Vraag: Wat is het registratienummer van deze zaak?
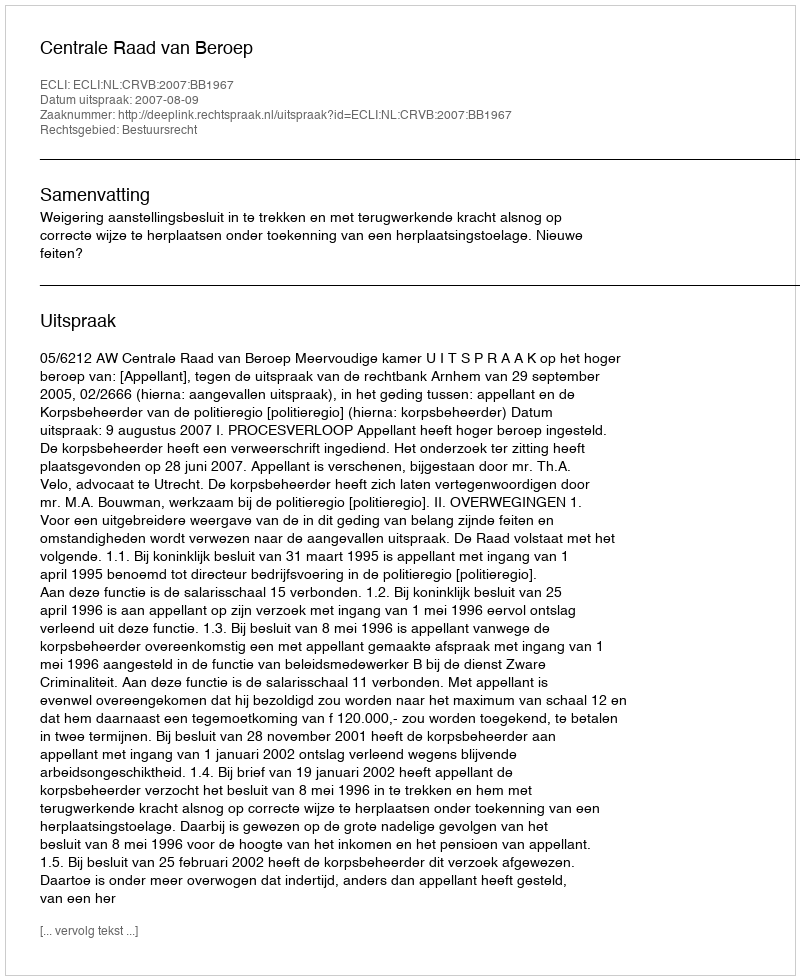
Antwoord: http://deeplink.rechtspraak.nl/uitspraak?id=ECLI:NL:CRVB:2007:BB1967